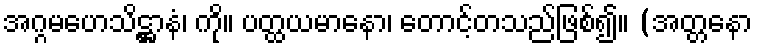
အဂ္ဂမဟေသိဋ္ဌာနံ၊ ကို။ ပတ္ထယမာနော၊ တောင့်တသည်ဖြစ်၍။ (အတ္တနော